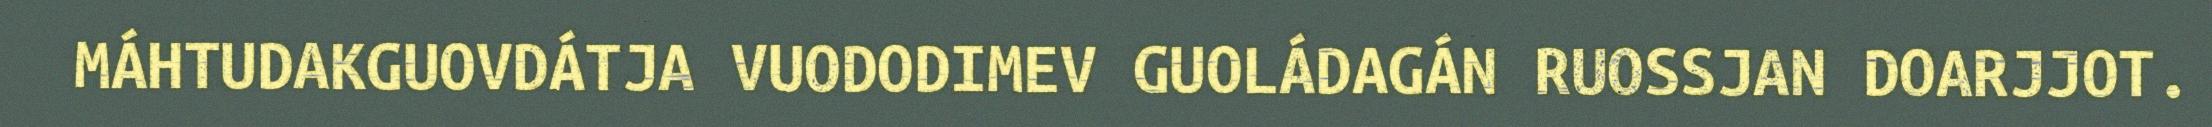
MÁHTUDAKGUOVDÁTJA VUODODIMEV GUOLÁDAGÁN RUOSSJAN DOARJJOT.